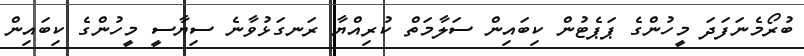
ބުރޯމެނަފަދަ މީހުންގެ ޕަޕެޓުން ކިބައިން ސަލާމަތް ކުރިއްޔާާ ރަނގަޅުވާނެ ސިޔާސީ މީހުންގެ ކިބައިން